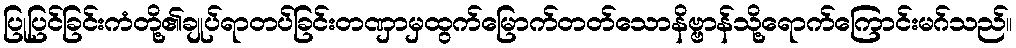
ပြုပြင်ခြင်းကံတို့၏ချုပ်ရာတပ်ခြင်းတဏှာမှထွက်မြောက်တတ်သောနိဗ္ဗာန်သို့ရောက်ကြောင်းမဂ်သည်။